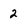
Character: 2